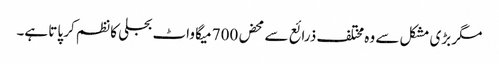
مگر بڑی مشکل سے وہ مختلف ذرائع سے محض 700 میگا واٹ بجلی کا نظم کر پاتا ہے۔